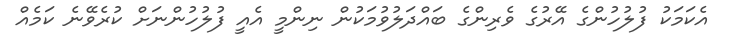
އެކަމަކު ފުލުހުންގެ އޭރުގެ ވެރިންގެ ބައްދަލުވުމަކުން ނިންމީ އެއީ ފުލުހުންނަށް ކުރެވޭނެ ކަމެއް